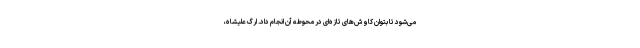
می‌شود تا بتوان کاوش‌های تازه‌ای در محوطه آن انجام داد. ارگ علیشاه،